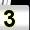
Digit: 3